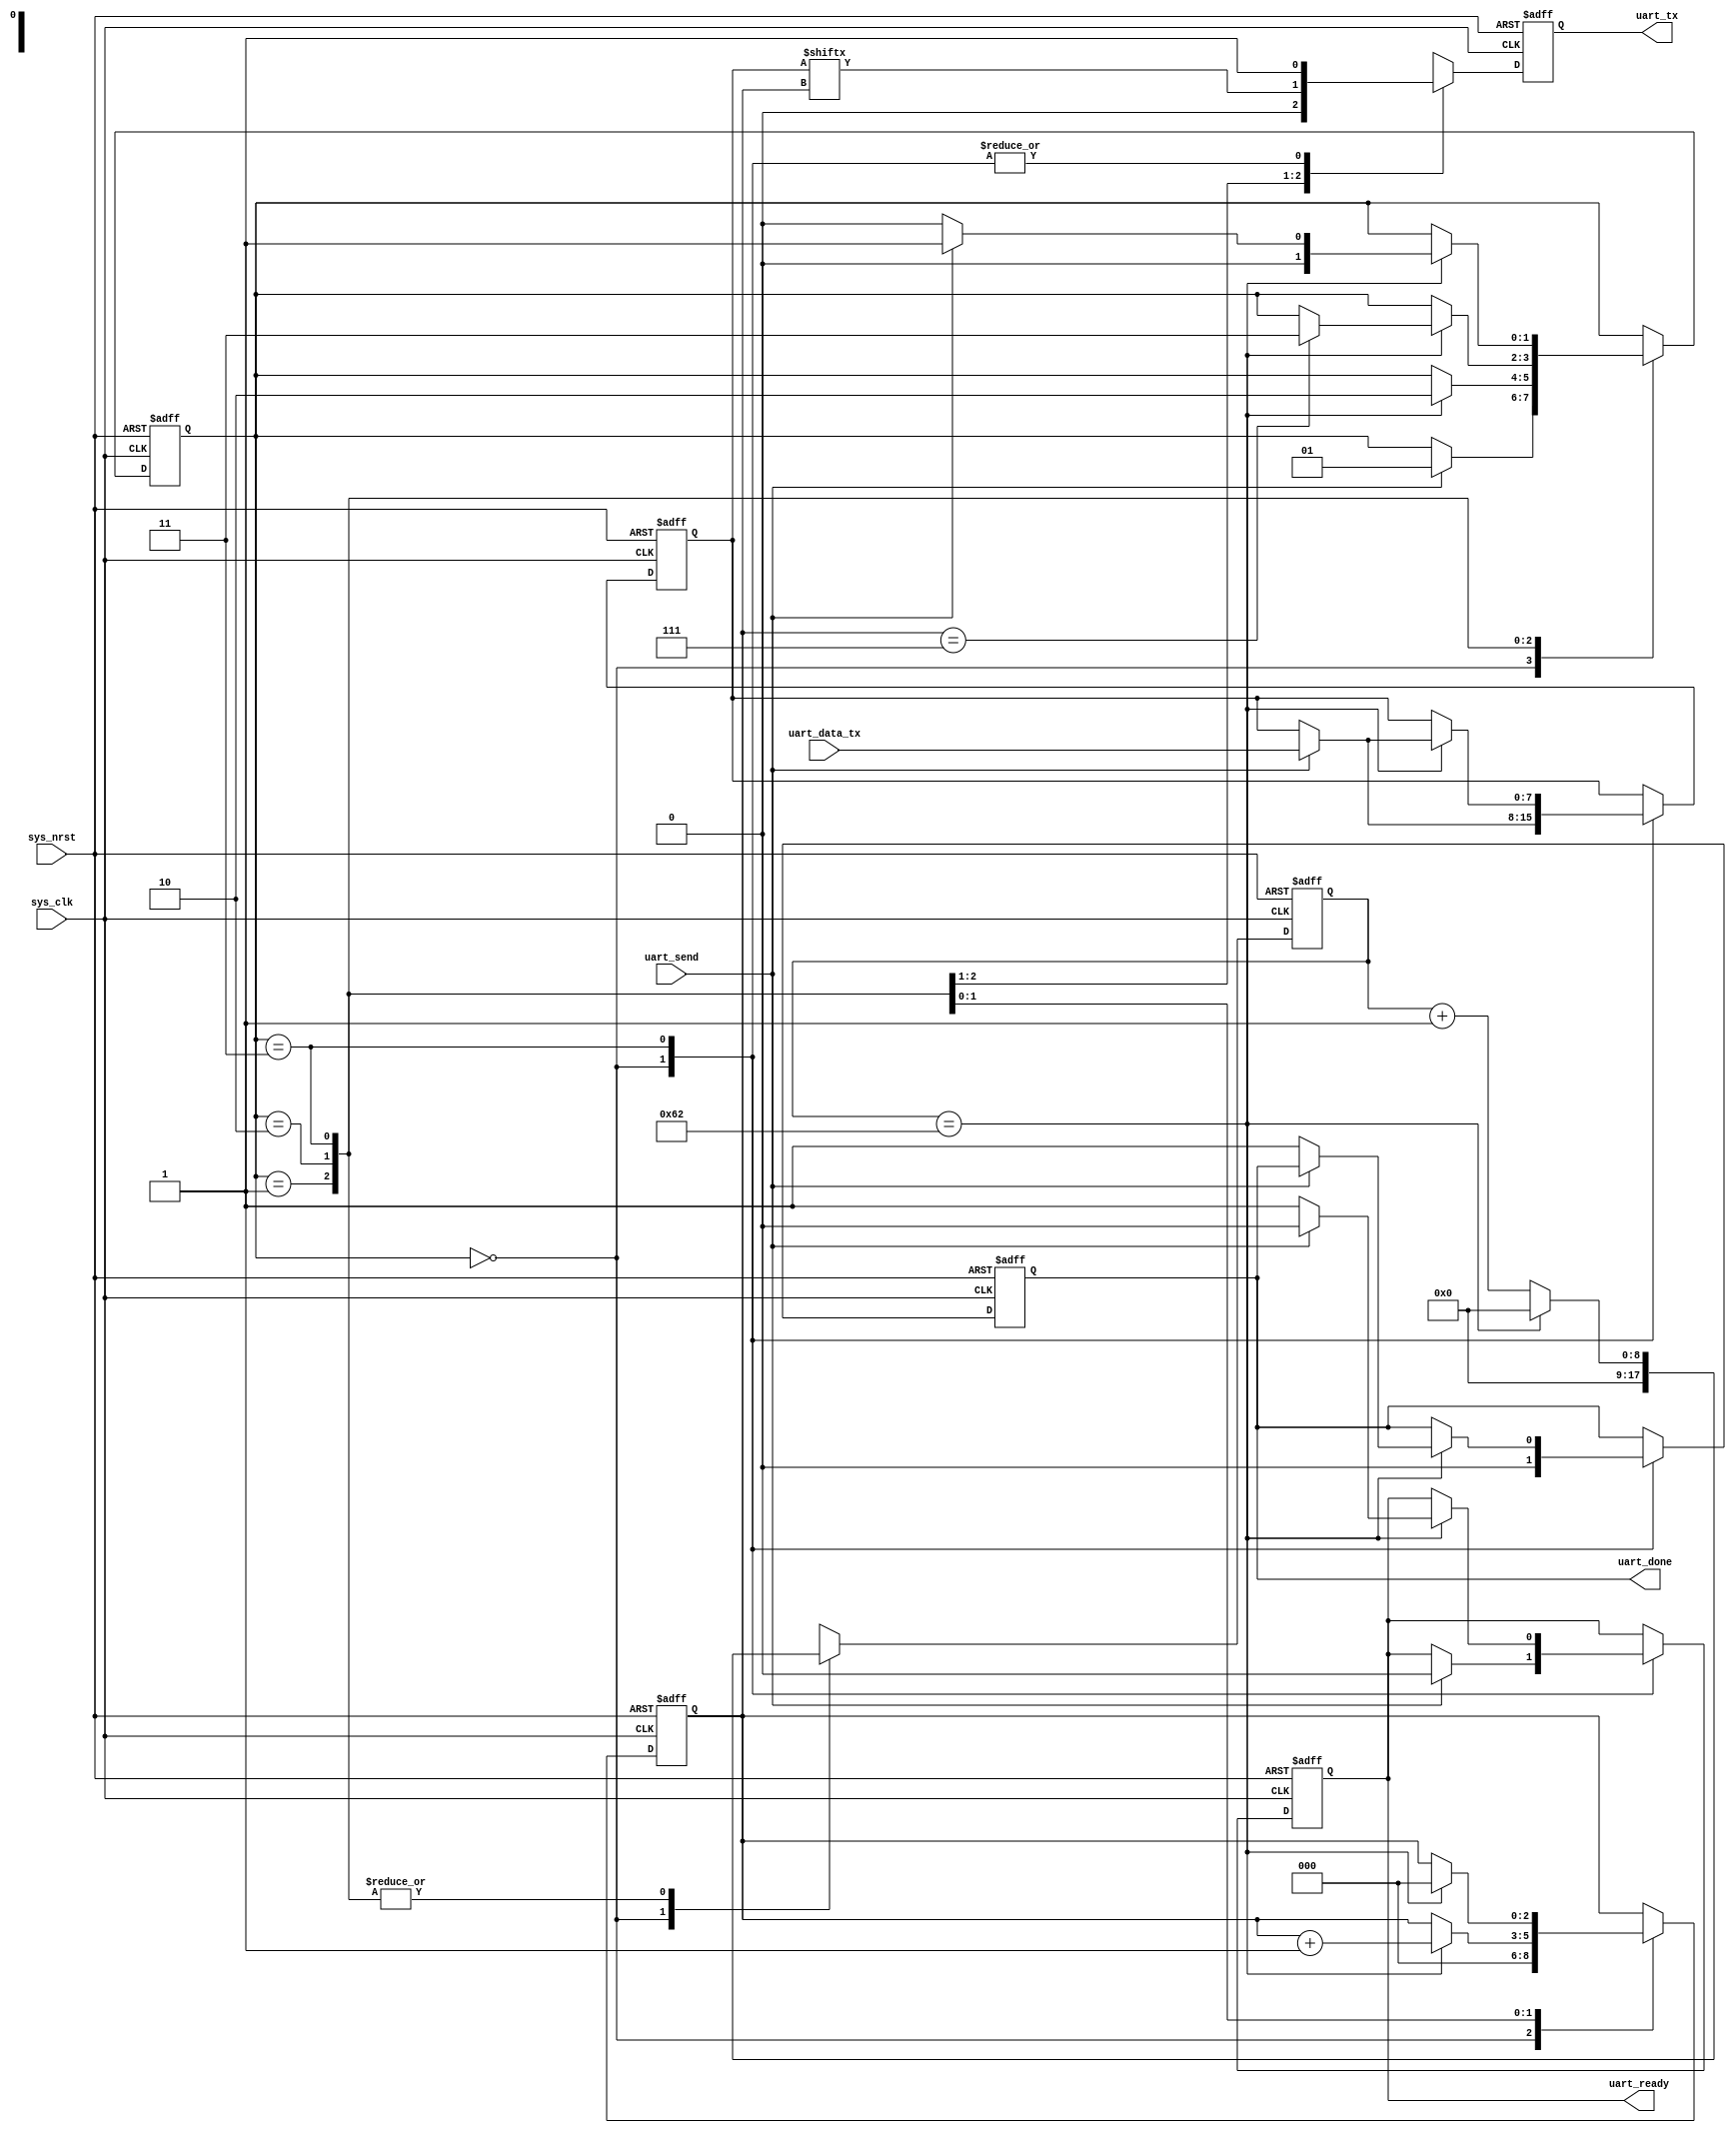
module uart_tx(
	
	input				sys_nrst,
	input				sys_clk,
	
	input				uart_send,
	input	[7 : 0]		uart_data_tx,
	
	output				uart_tx,
	output				uart_ready,
	output				uart_done
);
	
	localparam stage_idle		= 2'd0;
	localparam stage_start_bit	= 2'd1;
	localparam stage_data		= 2'd2;
	localparam stage_stop_bit	= 2'd3;
	
	
	// baud rate
	// the system clock __MHz
	// the baud rate is set to 1000000
	
	// 100000000 / 1000000 / 1 = 100 = 98
	// 100000000 / 1000000 / 2 = 50 = 47
	
	// 50000000 / 1000000 / 1 = 50 = 48
	// 50000000 / 1000000 / 2 = 25 = 22
	
	// 25000000 / 1000000 / 1 = 25 = 23
	// 25000000 / 1000000 / 2 = 12 = 9
	localparam full_interval	= 9'd98;
	
	
	reg [8 : 0] data_bit_cnt;
	
	reg [7 : 0] data_load;
	reg [2 : 0] data_cnt;
	reg [1 : 0] stage_cnt;
	
	reg uart_ready_r;
	reg uart_done_r;
	reg uart_tx_r;
	
	assign uart_ready = uart_ready_r;
	assign uart_tx = uart_tx_r;
	assign uart_done = uart_done_r;
	
	always@(posedge sys_clk	or negedge sys_nrst)begin
		
		if(!sys_nrst)begin
			
			data_load <= 8'h00;
			data_cnt <= 3'd0;
			stage_cnt <= 2'd0;
			uart_tx_r <= 1'b1;
			uart_ready_r <= 1'b1;
			uart_done_r <= 1'b0;
			
			data_bit_cnt <= 9'd0;
			
		end else begin
			
			case(stage_cnt)
					
				stage_idle: begin
					if(uart_send)begin
						stage_cnt <= stage_start_bit;
						data_load <= uart_data_tx;
						uart_ready_r <= 1'b0;
					end
					
					uart_tx_r <= 1'b1;
					data_cnt <= 3'd0;
					uart_done_r <= 1'b0;
					data_bit_cnt <= 9'd0;
				end
				
				stage_start_bit: begin
					
					if(data_bit_cnt == full_interval)begin
						stage_cnt <= stage_data;
						data_bit_cnt <= 9'd0;
					end else begin
						data_bit_cnt <= data_bit_cnt + 1'd1;
					end
					
					uart_tx_r <= 1'b0;
				end
				
				stage_data: begin
					
					uart_tx_r <= data_load[data_cnt];
					
					if(data_bit_cnt == full_interval)begin
						
						if(data_cnt == 3'd7)begin
							stage_cnt <= stage_stop_bit;
						end
						
						data_cnt <= data_cnt + 1'd1;
						data_bit_cnt <= 9'd0;
						
					end else begin
						data_bit_cnt <= data_bit_cnt + 1'd1;
					end
				end
				
				stage_stop_bit: begin
					
					uart_tx_r <= 1'b1;
					
					if(data_bit_cnt == full_interval)begin
						
						data_cnt <= 3'd0;
						data_bit_cnt <= 9'd0;
					
						if(uart_send)begin
							stage_cnt <= stage_start_bit;
							data_load <= uart_data_tx;
							uart_ready_r <= 1'b0;
						end else begin
							stage_cnt <= stage_idle;
							uart_ready_r <= 1'b1;
							uart_done_r <= 1'b1;
						end
						
					end else begin
						data_bit_cnt <= data_bit_cnt + 1'd1;
					end
				end
				
			endcase
		end
	end
	
endmodule